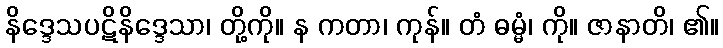
နိဒ္ဒေသပဋိနိဒ္ဒေသာ၊ တို့ကို။ န ကတာ၊ ကုန်။ တံ ဓမ္မံ၊ ကို။ ဇာနာတိ၊ ၏။